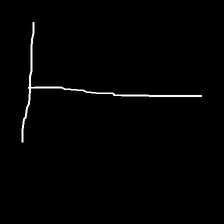
Glyph: column